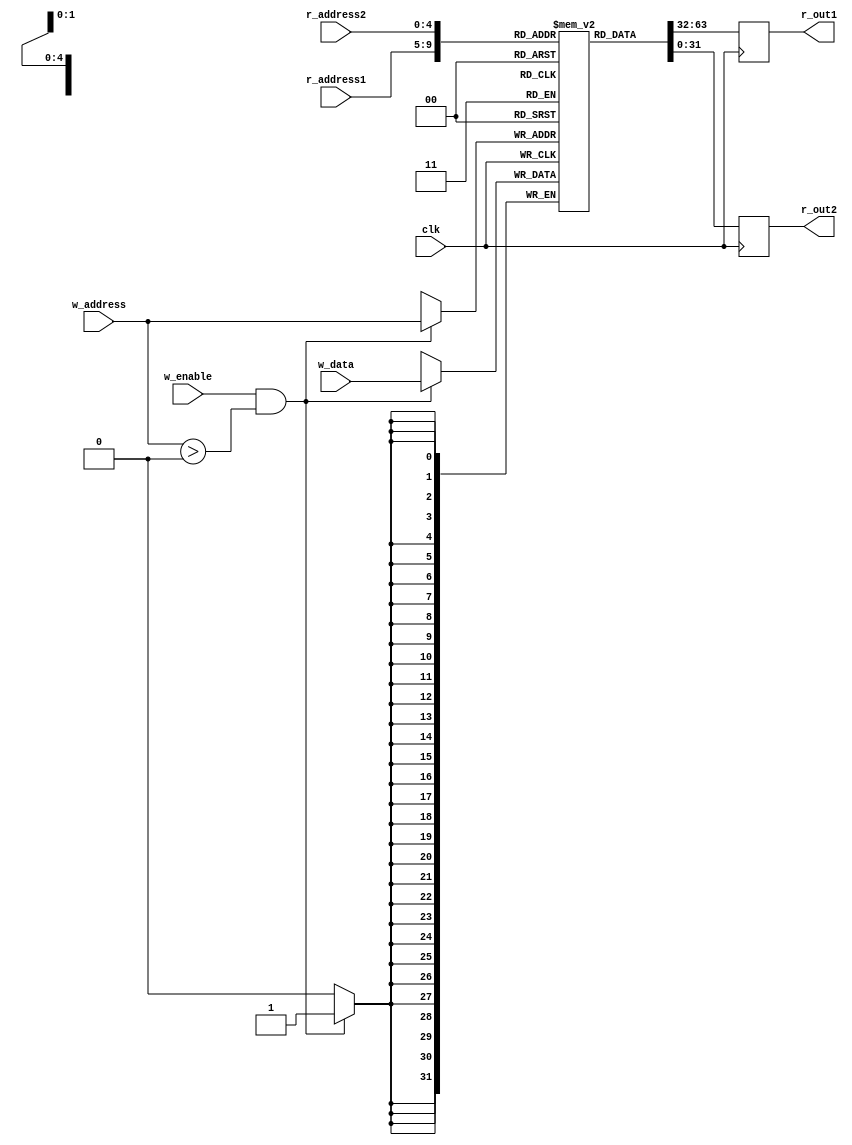
module registers(
    input wire clk,
    input wire[31:0] w_data,
    input wire w_enable,
    input wire[4:0] w_address,
    input wire[4:0] r_address1,
    output reg[31:0] r_out1,
    input wire[4:0] r_address2,
    output reg[31:0] r_out2
);

reg[31:0] memory[32];

// These wires are here only so that icarus will include them in the VCD.
// Arrays are not included by default.
// verilator lint_off UNUSEDSIGNAL
wire[31:0] x0 = memory[0];
wire[31:0] x1 = memory[1];
wire[31:0] x2 = memory[2];
wire[31:0] x3 = memory[3];
wire[31:0] x4 = memory[4];
wire[31:0] x5 = memory[5];
wire[31:0] x6 = memory[6];
wire[31:0] x7 = memory[7];
wire[31:0] x8 = memory[8];
wire[31:0] x9 = memory[9];
wire[31:0] x10 = memory[10];
wire[31:0] x11 = memory[11];
wire[31:0] x12 = memory[12];
wire[31:0] x13 = memory[13];
wire[31:0] x14 = memory[14];
wire[31:0] x15 = memory[15];
wire[31:0] x16 = memory[16];
wire[31:0] x17 = memory[17];
wire[31:0] x18 = memory[18];
wire[31:0] x19 = memory[19];
wire[31:0] x20 = memory[20];
wire[31:0] x21 = memory[21];
wire[31:0] x22 = memory[22];
wire[31:0] x23 = memory[23];
wire[31:0] x24 = memory[24];
wire[31:0] x25 = memory[25];
wire[31:0] x26 = memory[26];
wire[31:0] x27 = memory[27];
wire[31:0] x28 = memory[28];
wire[31:0] x29 = memory[29];
wire[31:0] x30 = memory[30];
wire[31:0] x31 = memory[31];
// verilator lint_on UNUSEDSIGNAL

  task reset_memory();
    integer i;
    for (i = 0; i < 32; i++) begin
      memory[i] = 0;
    end
  endtask

  initial begin
      reset_memory();
  end

always @(posedge clk) begin
    r_out1 <= memory[r_address1];
    r_out2 <= memory[r_address2];

    if(w_enable & w_address > 0) memory[w_address] <= w_data;
end

endmodule